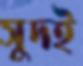
সুদই